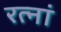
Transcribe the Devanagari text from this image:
रत्‍नां